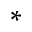
^ *